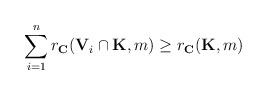
\begin{align*} \sum_{i=1}^{n}r_{\mathbf{C}}(\mathbf{V}_i\cap\mathbf{K}, m)\ge r_{\mathbf{C}}(\mathbf{K} , m) \end{align*}